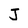
Character: J